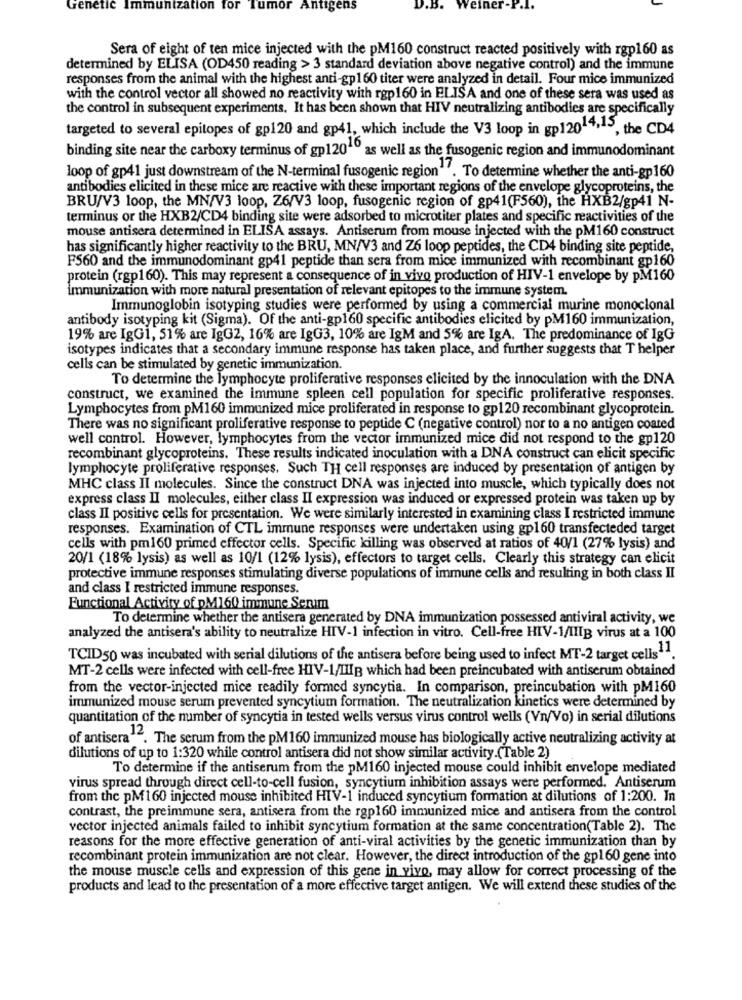
Genetic Immunization for Tumor Antigens
D.B.
Weiner-P.l.
Sera of eight of ten mice injected with the pM160 construct reacted positively with rgp160 as
determined by ELISA (OD450 reading > 3 standard deviation above negative control) and the immune
responses from the animal with the highest anti-gp160 titer were analyzed in detail. Four mice immunized
with the control vector all showed no reactivity with rgp160 in ELISA and one of these sera was used as
the control in subsequent experiments. It has been shown that HIV neutralizing antibodies are specifically
targeted to several epitopes of gp120 and gp41, which include the V3 loop in gp12014;13, the CD4
binding site near the carboxy terminus of gp12010 as well as the fusogenic region and immunodominant
loop of gp41 just downstream of the N-terminal fusogenic region"". To determine whether the anti-gp160
antibodies elicited in these mice are reactive with these important regions of the envelope glycoproteins, the
BRU/V3 loop, the MN/V3 loop, Z6/V3 loop, fusogenic region of gp41(F560), the HXB2/gp41 N-
terminus or the HXB2/CD4 binding site were adsorbed to microtiter plates and specific reactivities of the
mouse antisera determined in ELISA assays. Antiserum from mouse injected with the pM160 construct
has significantly higher reactivity to the BRU, MN/V3 and Z6 loop peptides, the CD4 binding site peptide,
F560 and the immunodominant gp41 peptide than sera from mice immunized with recombinant gp160
protein (rgp160). This may represent a consequence of in vivo production of HIV-1 envelope by pM160
immunization with more natural presentation of relevant epitopes to the immune system.
Immunoglobin isotyping studies were performed by using a commercial murine monoclonal
antibody isotyping kit (Sigma). Of the anti-gp160 specific antibodies elicited by pM160 immunization,
19% are IgG1, 51% are IgG2, 16% are IgG3, 10% are IgM and 5% are IgA. The predominance of IgG
isotypes indicates that a secondary immune response has taken place, and further suggests that T helper
cells can be stimulated by genetic immunization.
To determine the lymphocyte proliferative responses elicited by the innoculation with the DNA
construct, we examined the immune spleen cell population for specific proliferative responses.
Lymphocytes from pM160 immunized mice proliferated in response to gp120 recombinant glycoprotein.
There was no significant proliferative response to peptide C (negative control) nor to a no antigen coated
well control. However, lymphocytes from the vector immunized mice did not respond to the gp120
recombinant glycoproteins. These results indicated inoculation with a DNA construct can elicit specific
lymphocyte proliferative responses. Such TH cell responses are induced by presentation of antigen by
MHC class II molecules. Since the construct DNA was injected into muscle, which typically does not
express class II molecules, either class II expression was induced or expressed protein was taken up by
class II positive cells for presentation. We were similarly interested in examining class I restricted immune
responses. Examination of CTL immune responses were undertaken using gp160 transfecteded target
cells with pm160 primed effector cells. Specific killing was observed at ratios of 40/1 (27% lysis) and
20/1 (18% lysis) as well as 10/1 (12% lysis), effectors to target cells. Clearly this strategy can elicit
protective immune responses stimulating diverse populations of immune cells and resulting in both class II
and class I restricted immune responses.
Functional Activity of DM160 immune Senim
To determine whether the antisera generated by DNA immunization possessed antiviral activity, we
analyzed the antisera's ability to neutralize HIV-1 infection in vitro. Cell-free HIV-1/IIIB virus at a 100
TCID50 was incubated with serial dilutions of the antisera before being used to infect MT-2 target cells1.
MT-2 cells were infected with cell-free HIV-1/IHR which had been preincubated with antiserum obtained
from the vector-injected mice readily formed syncytia. In comparison, preincubation with pM160
immunized mouse serum prevented syncytium formation. The neutralization kinetics were determined by
quantitation of the number of syncytia in tested wells versus virus control wells (Vn/Vo) in serial dilutions
of antisera 12.
a"". The serum from the pM160 immunized mouse has biologically active neutralizing activity at
dilutions of up to 1:320 while control antisera did not show similar activity.(Table 2)
To determine if the antiserum from the pM160 injected mouse could inhibit envelope mediated
virus spread through direct cell-to-cell fusion, syncytium inhibition assays were performed. Antiserum
from the pM160 injected mouse inhibited HIV-1 induced syncytium formation at dilutions of 1:200. In
contrast, the preimmune sera, antisera from the rgp160 immunized mice and antisera from the control
vector injected animals failed to inhibit syncytium formation at the same concentration(Table 2). The
reasons for the more effective generation of anti-viral activities by the genetic immunization than by
recombinant protein immunization are not clear. However, the direct introduction of the gpl60 gene into
the mouse muscle cells and expression of this gene in vivo, may allow for correct processing of the
products and lead to the presentation of a more effective target antigen. We will extend these studies of the